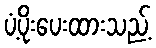
ပံ့ပိုးပေးထားသည့်